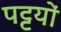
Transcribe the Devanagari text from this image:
पट्टयों